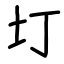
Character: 圢